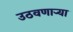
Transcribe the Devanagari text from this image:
उठवणाऱ्या